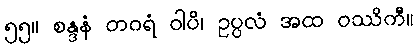
၅၅။ စန္ဒနံ တဂရံ ဝါပိ၊ ဥပ္ပလံ အထ ဝဿိကီ။